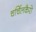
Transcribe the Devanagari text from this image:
चर्चिलकैरो